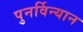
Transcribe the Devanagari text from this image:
पुनर्विन्यान